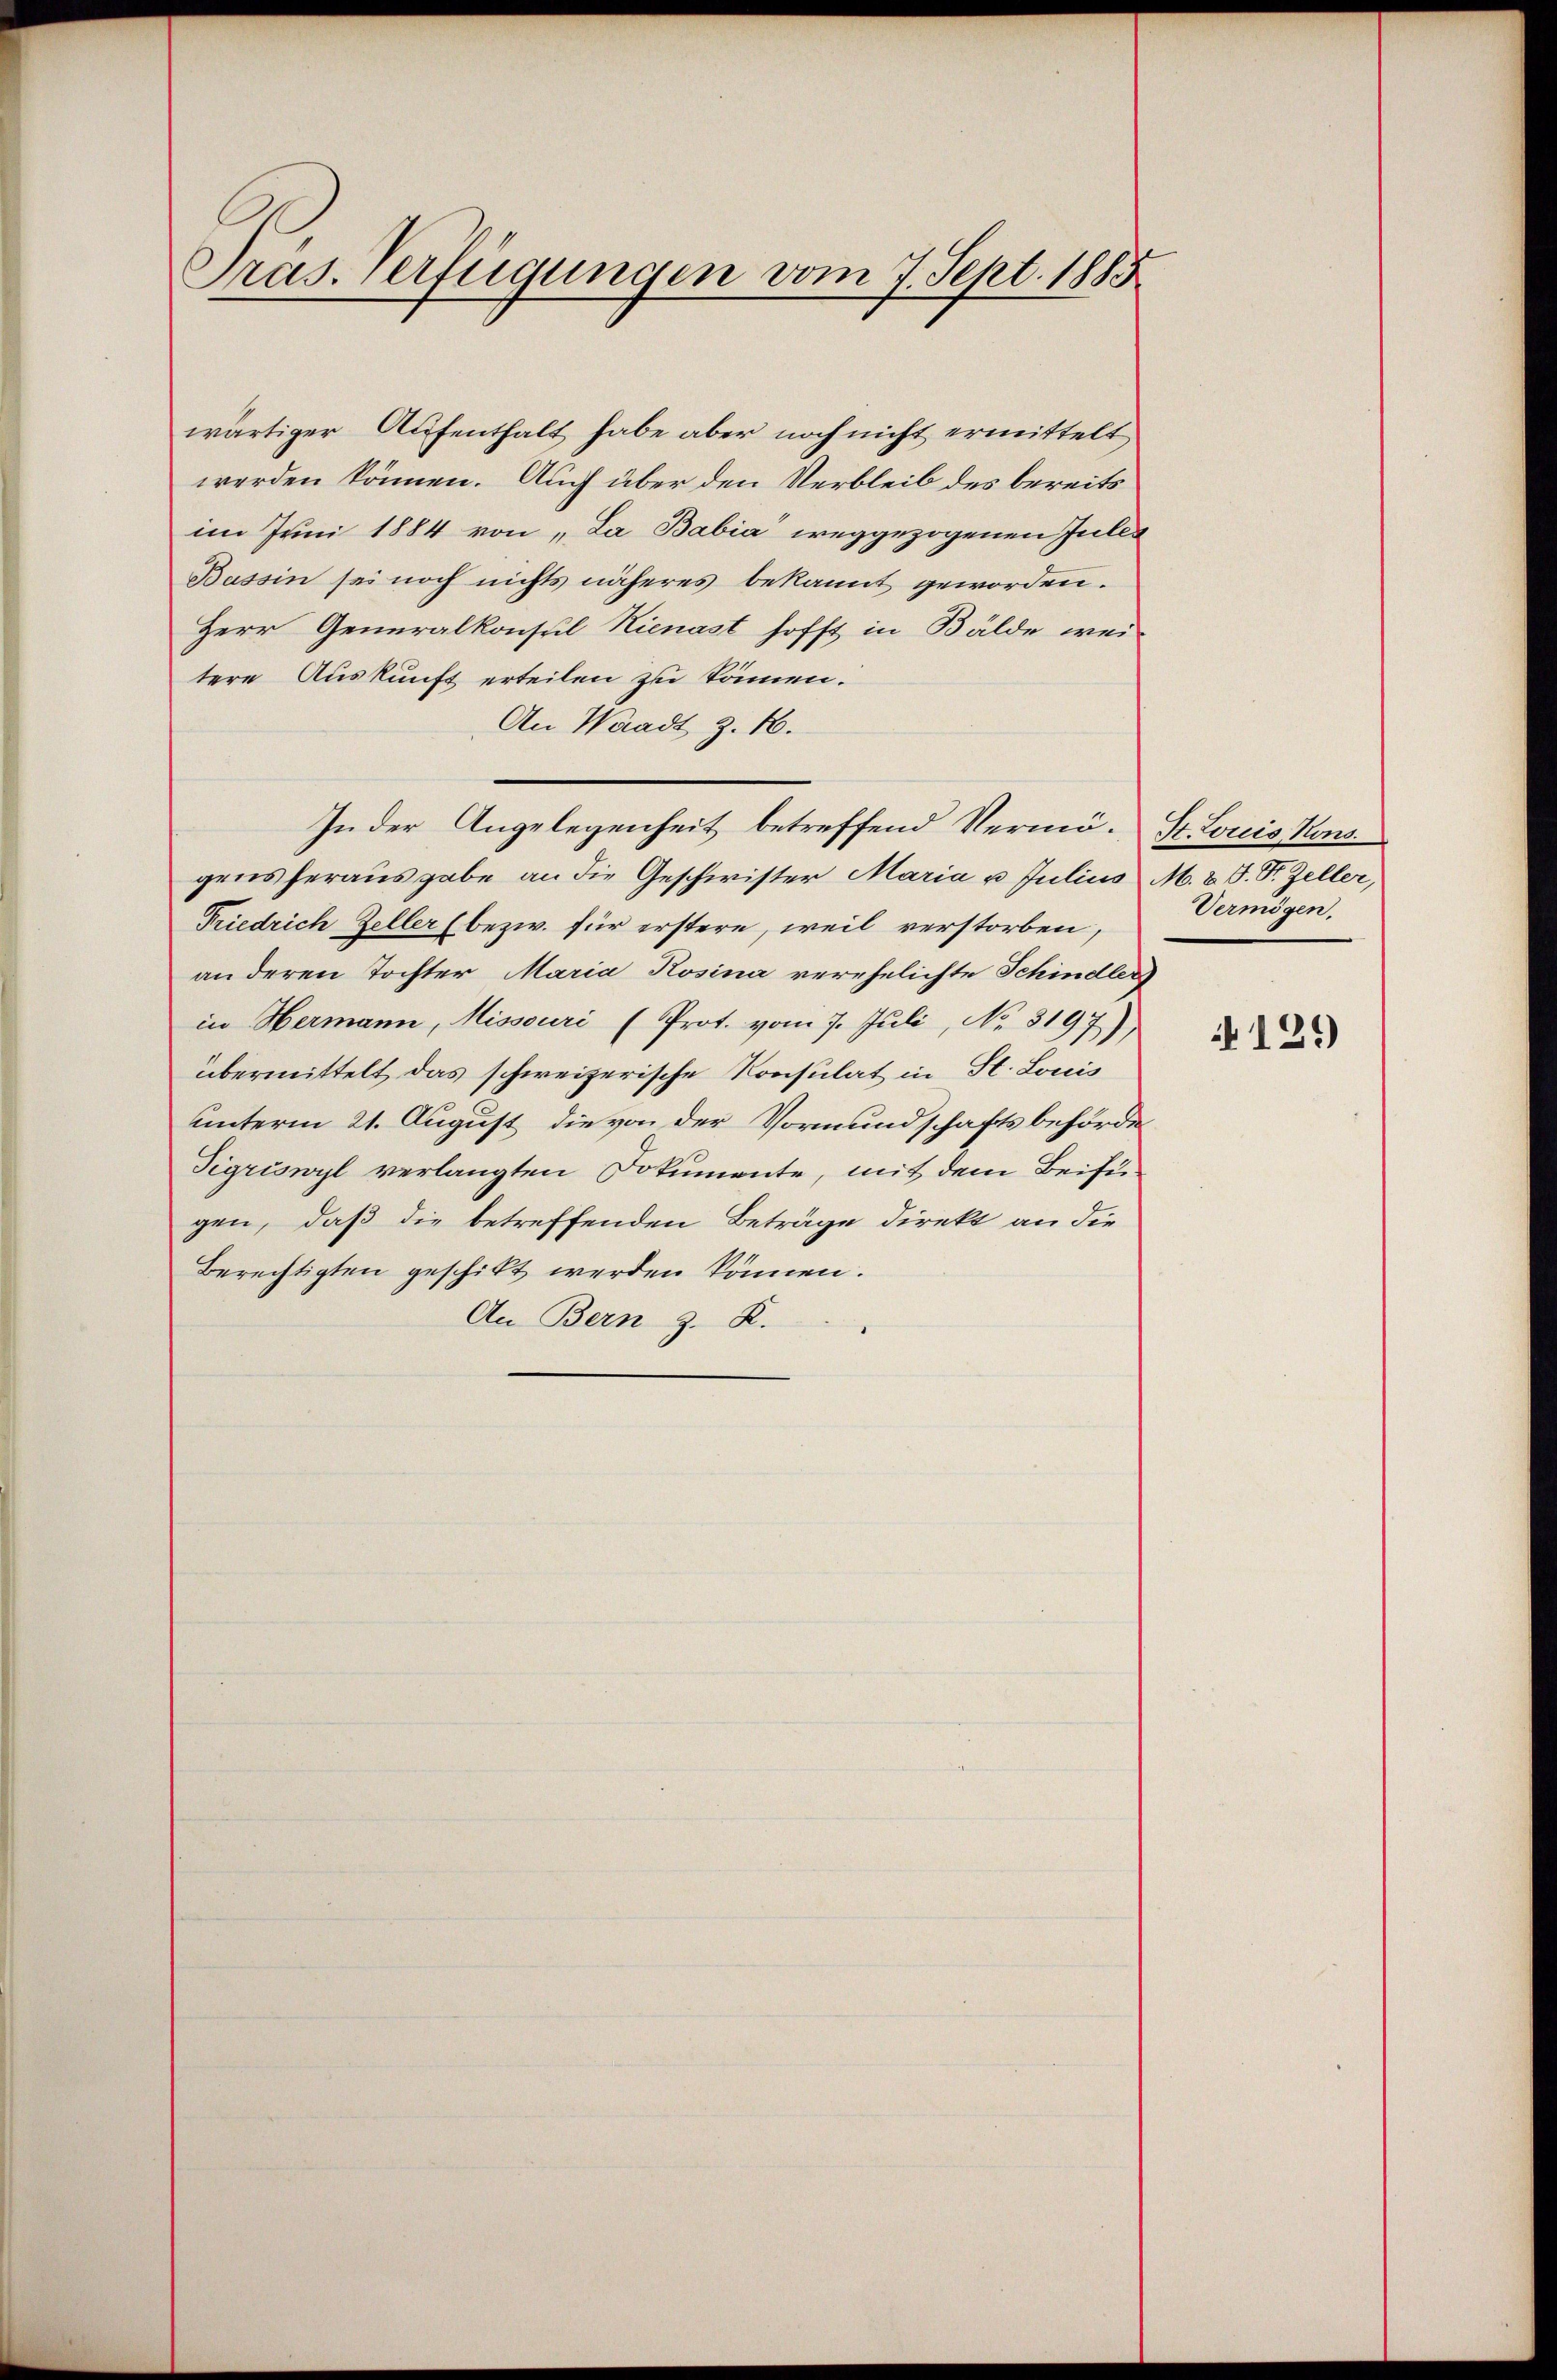
Pras. Verfügungen vom 7. Sept. 1885

wärtiger Aufenthalt habe aber noch nicht ermittelt,
werden können. Auch über den Verbleib des bereits
im Juni 1884 von „La Babia weggezogenen Gutes
Bassin sei noch nichts näheres bekannt geworden.
Herr Generalkonsul Hienast hofft in Bälde wei-
tere Auskunft erteilen zu können.
An Waadt Z. 10.
gens herausgabe an die Geschwister Maria u. Julius M. v. J. St. Zeller,
Friedrich Zeller (bezw. für erstere, weil verstorben,
an deren Tochter Maria Rosina verehelichte Schindler
in Hermann, Missouri (Prot. vom 7. Juli, No. 3197)
übermittelt, das schweizerische Konsulat in St. Louis
unterm 21. August, die von der Vormundschaftsbehörde
Sigriswyl verlangten Dokumente, mit dem Beifügen, daß die betreffenden Beträge direkt an die
Berechtigten geschickt werden können.
An Bern z. R.

In der Angelegenheit betreffend Vermö¬ St. Louis Kons.

Vermögen,

129